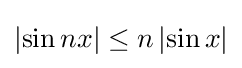
\left|\sin nx\right|\leq n\left|\sin x\right|